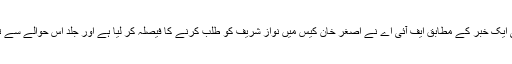
تا ہم اب نجی ٹی وی کی ایک خبر کے مطابق ایف آئی اے نے اصغر خان کیس میں نواز شریف کو طلب کرنے کا فیصلہ کر لیا ہے اور جلد اس حوالے سے ثمن جاری کیا جائے گا۔